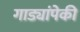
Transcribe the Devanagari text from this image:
गाड्यांपेकी